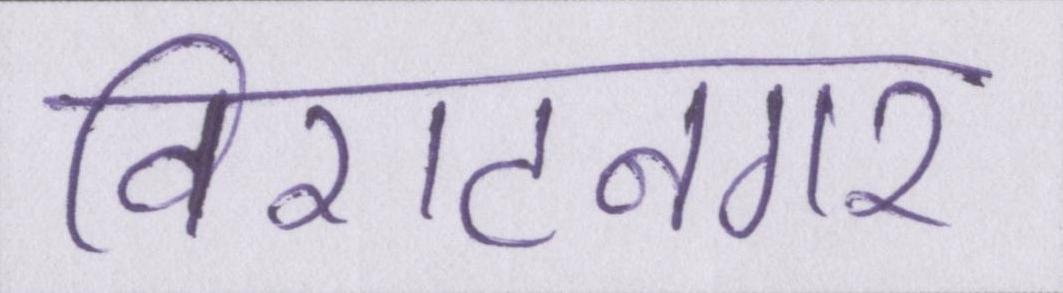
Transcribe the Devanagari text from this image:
विराटनगर